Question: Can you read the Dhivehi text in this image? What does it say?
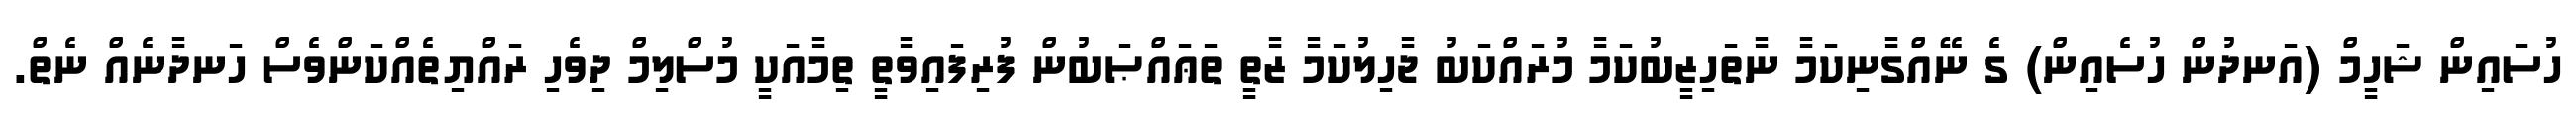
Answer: ހުސައިން ޝަހީމް (އަނދުން ހުސެއިން) ގެ ނޭއްގާނިކަމާ ނާތަހިޒީބުކަމާ މުރައްކަބު ޖާހިލުކަމާ ޒާތީ ތަޢައްޞަބުން ފުރިފައިވާތީ ތިމާއަކީ މުސްލިމް ދިވެހި ރައްޔިތެއްކަންވެސް ހަނދާނެއް ނެތް.